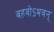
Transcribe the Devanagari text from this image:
बहवोऽभवन्